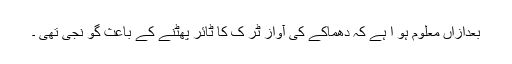
بعدازاں معلوم ہو ا ہے کہ دھماکے کی آواز ٹر ک کا ٹائر پھٹنے کے باعث گو نجی تھی ۔